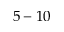
5 - 1 0